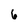
Character: 6